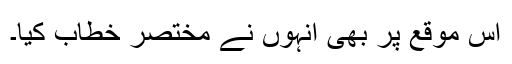
اس موقع پر بھی انہوں نے مختصر خطاب کیا۔